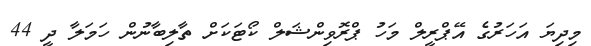
މިދިޔަ އަހަރުގެ އޭޕްރީލް މަހު ޕްރޮވިންޝަލް ކޯޓަކަށް ތާލިބާނުން ހަމަލާ ދީ 44